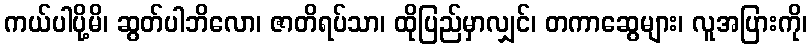
ကယ်ပါပို့မိ၊ ဆွတ်ပါဘိလော၊ ဇာတိရပ်သာ၊ ထိုပြည်မှာလျှင်၊ တကာဆွေများ၊ လူအပြားကို၊